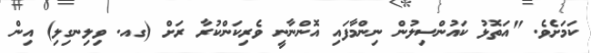
ކަމަށެވެ. "އަތޮޅު ކައުންސިލުން ނިންމާފައި އޮންނާނީ ވެރިކަންކުރާ ރަށް (ގއ. ވިލިނގިލި) އިން